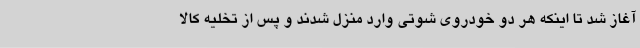
آغاز شد تا اینکه هر دو خودروی شوتی وارد منزل شدند و پس از تخلیه کالا